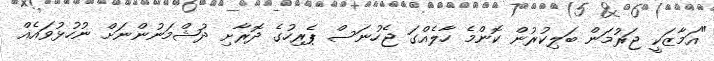
"އަމާޒަކީ ޖަރުމަން ބަލިކުރުން ކޮންމެ ހާލެއްގަ ޖެހުނަސް ޕެރިހުގެ ދޮރާށި ދުޝްމަނުންނަށް ނުހުޅުވައެއް